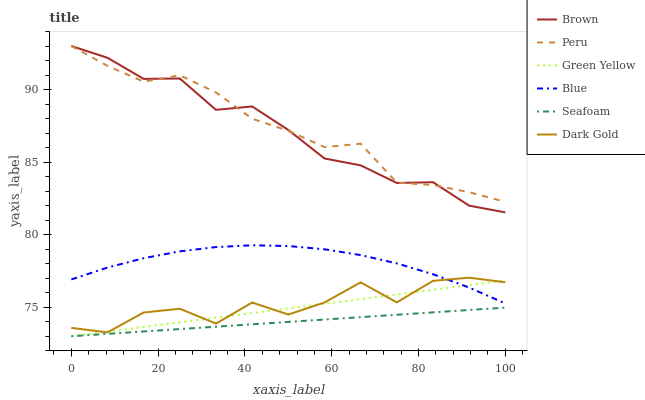
| xaxis_label | Brown | Peru | Green Yellow | Blue | Seafoam | Dark Gold |
 | --- | --- | --- | --- | --- | --- | --- |
 | 0 | 93 | 93 | 73 | 76.9 | 73 | 73.6 |
 | 8.33 | 92.2 | 91.6 | 73.3 | 77.7 | 73.2 | 73.3 |
 | 16.7 | 90.7 | 90.5 | 73.6 | 78.4 | 73.3 | 74.6 |
 | 25 | 90.8 | 91 | 74 | 78.8 | 73.5 | 74.9 |
 | 33.3 | 88.6 | 89.8 | 74.3 | 79.1 | 73.7 | 73.9 |
 | 41.7 | 88.8 | 88 | 74.6 | 79.3 | 73.8 | 75.3 |
 | 50 | 87.2 | 87.2 | 74.9 | 79.2 | 74 | 74.5 |
 | 58.3 | 85.3 | 86 | 75.2 | 79 | 74.2 | 75.3 |
 | 66.7 | 84.8 | 86.3 | 75.6 | 78.6 | 74.3 | 76.7 |
 | 75 | 83.6 | 83.6 | 75.9 | 78 | 74.5 | 75.3 |
 | 83.3 | 83.6 | 83.4 | 76.2 | 77.3 | 74.6 | 76.8 |
 | 91.7 | 82 | 82.9 | 76.5 | 76.4 | 74.8 | 77 |
 | 100 | 81.5 | 82.3 | 76.8 | 75.3 | 75 | 76.7 |